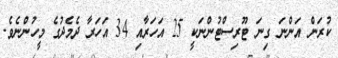
ކުރަން އަންނަ ގިނަ ޓޫރިސްޓުންނަކީ 25 އަހަރާއި 34 އަހަރާ ދެމެދުގެ މީހުންނެވެ.